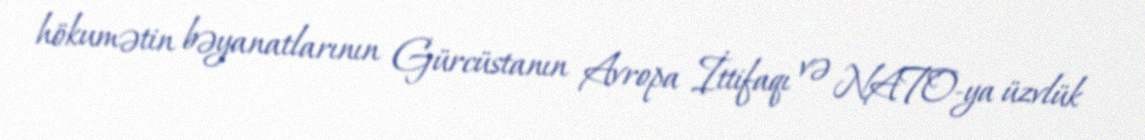
hökumətin bəyanatlarının Gürcüstanın Avropa İttifaqı və NATO-ya üzvlük